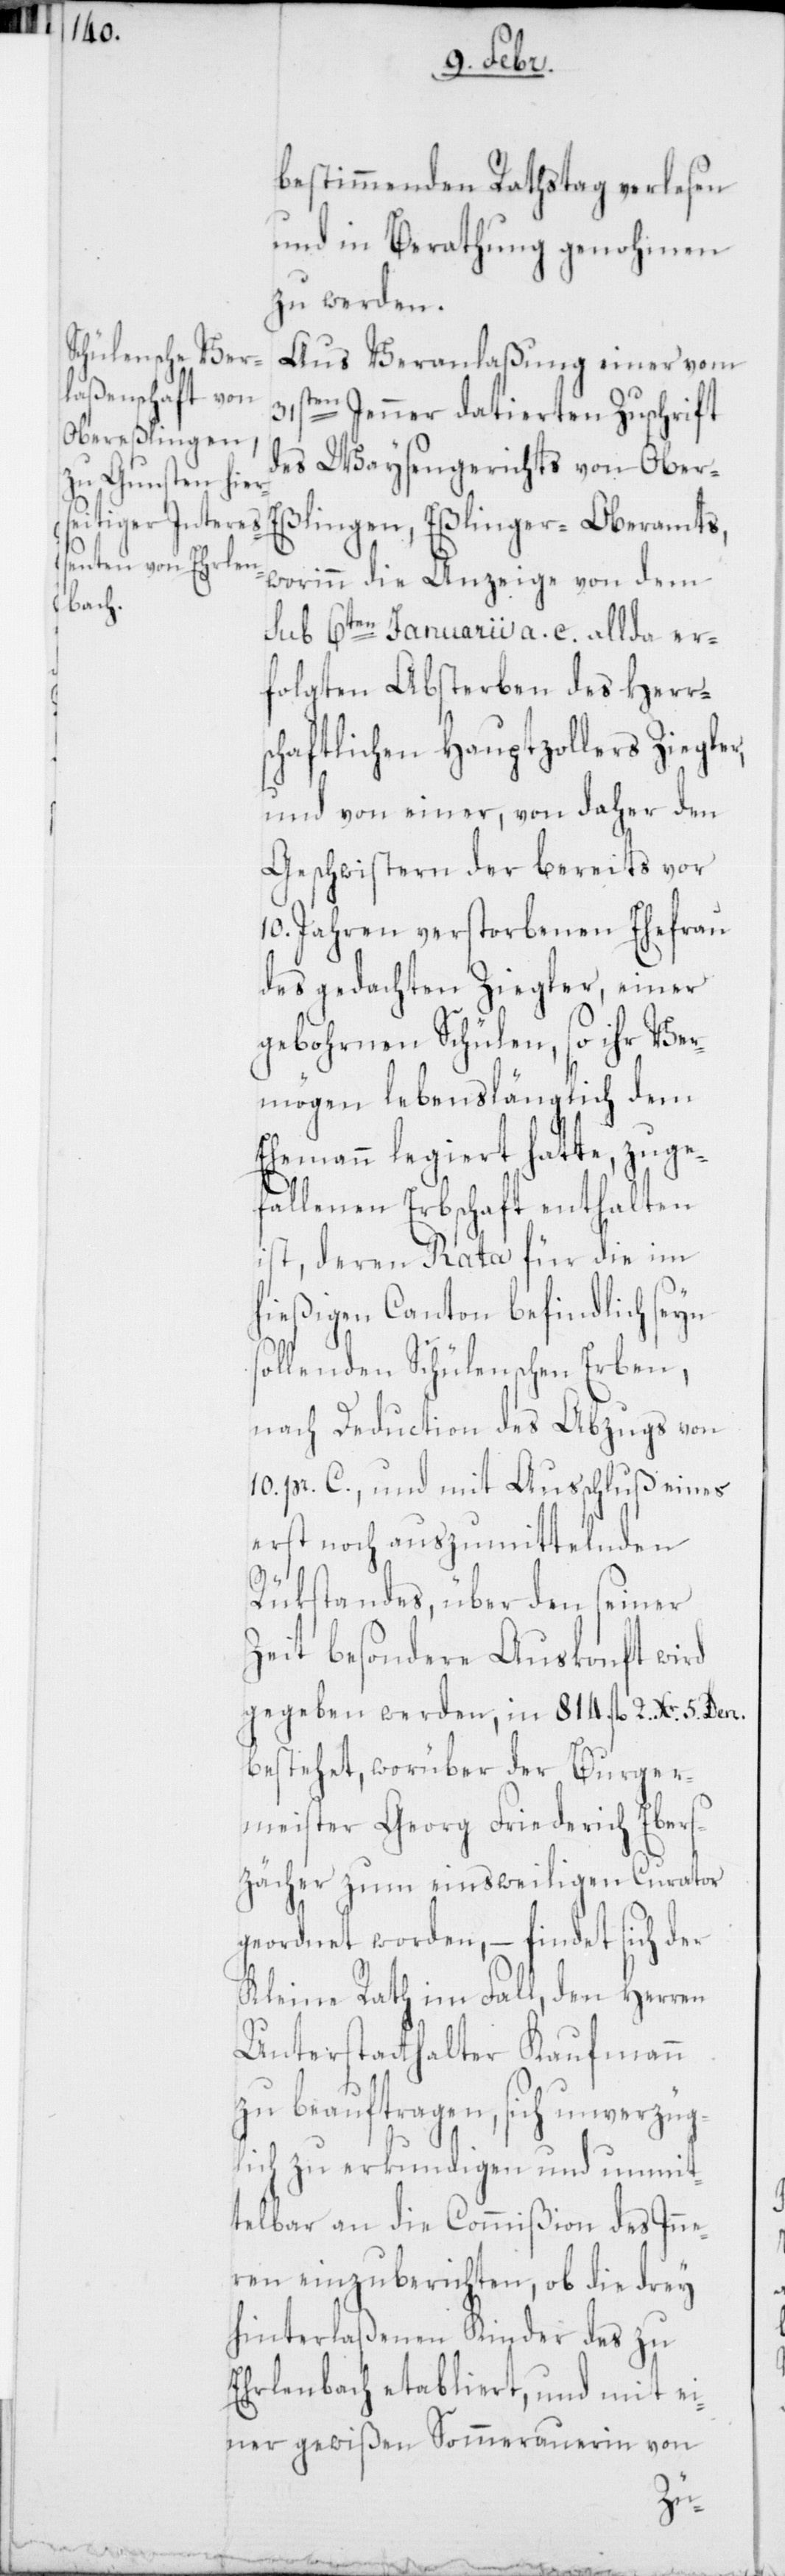
s¬

bestimmenden Ratstag verlesen
und in Berathung genohmen
zu werden.
Aus Veranlaßung einer vom
ten Jenner datierten Zuschrift
des Waysengerichts von Ober-E¬
ßlingen, Eßlinger-Oberamts,
worinn die Anzeige von dem
sub 6ten Januarii a. c. allda er¬
folgten Absterben des herrs¬
chaftlichen Hauptzollers Ziegler,
und von einer, von daher den
Geschwistern der bereits vor
10. Jahren verstorbenen Ehefrau
des gedachten Ziegler, einer
gebohrnen Schülen, so ihr Ver¬
mögen lebenslänglich dem
Ehemann legiert hatte, zuge¬
fallenen Erbschaft enthalten
ist, deren Rata für die im
hießigen Canton befindlich seyn
ollenden Schülenschen Erben,
nach Deduction des Abzugs von
10. pr. C., und mit Ausschluß eines
erst noch auszumittelnden
Rükstandes, über den seiner
Zeit besondere Auskonft wird
gegeben werden, in 814. fl. 2. Xr. 5. Den.
bestehet, worüber der Burger¬
meister Georg Friedrich Ebers¬
zächer zum einstweiligen Curator
geordnet worden, – findet sich der
Kleine Rath im Fall, den Herren
Unterstatthalter Kaufmann
zu beauftragen, sich unverzüg¬
lich zu erkundigen und unmit¬
telbar an die Commißion des Inne¬
ren einzuberichten, ob die drey
hinterlaßenen Kinder des zu
Erlenbach etabliert, und mit ei¬
ner gewißen Sommerauerin von